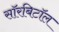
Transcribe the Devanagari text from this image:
सॉरबिटॉल